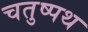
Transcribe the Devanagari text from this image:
चतुष्पथ